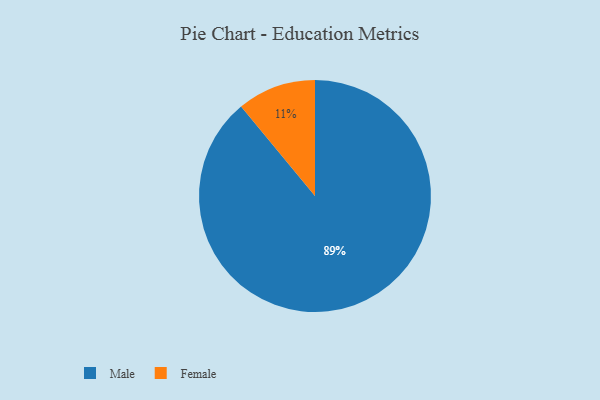
{"axis": {"x": "Category", "y": "Percentage"}, "legend": ["Female", "Male"], "data": [{"x": "Female", "y": 11, "type": "Female"}, {"x": "Male", "y": 89, "type": "Male"}]}